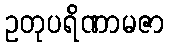
ဥတုပရိဏာမဇာ